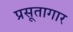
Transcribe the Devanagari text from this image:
प्रसूतागार